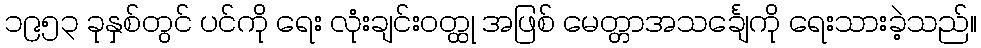
၁၉၅၃ ခုနှစ်တွင် ပင်ကို ရေး လုံးချင်းဝတ္ထု အဖြစ် မေတ္တာအသင်္ချေကို ရေးသားခဲ့သည်။